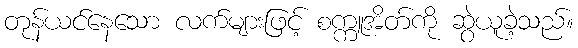
တုန်ယင်နေသော လက်များဖြင့် စက္ကူအိတ်ကို ဆွဲယူခဲ့သည်။